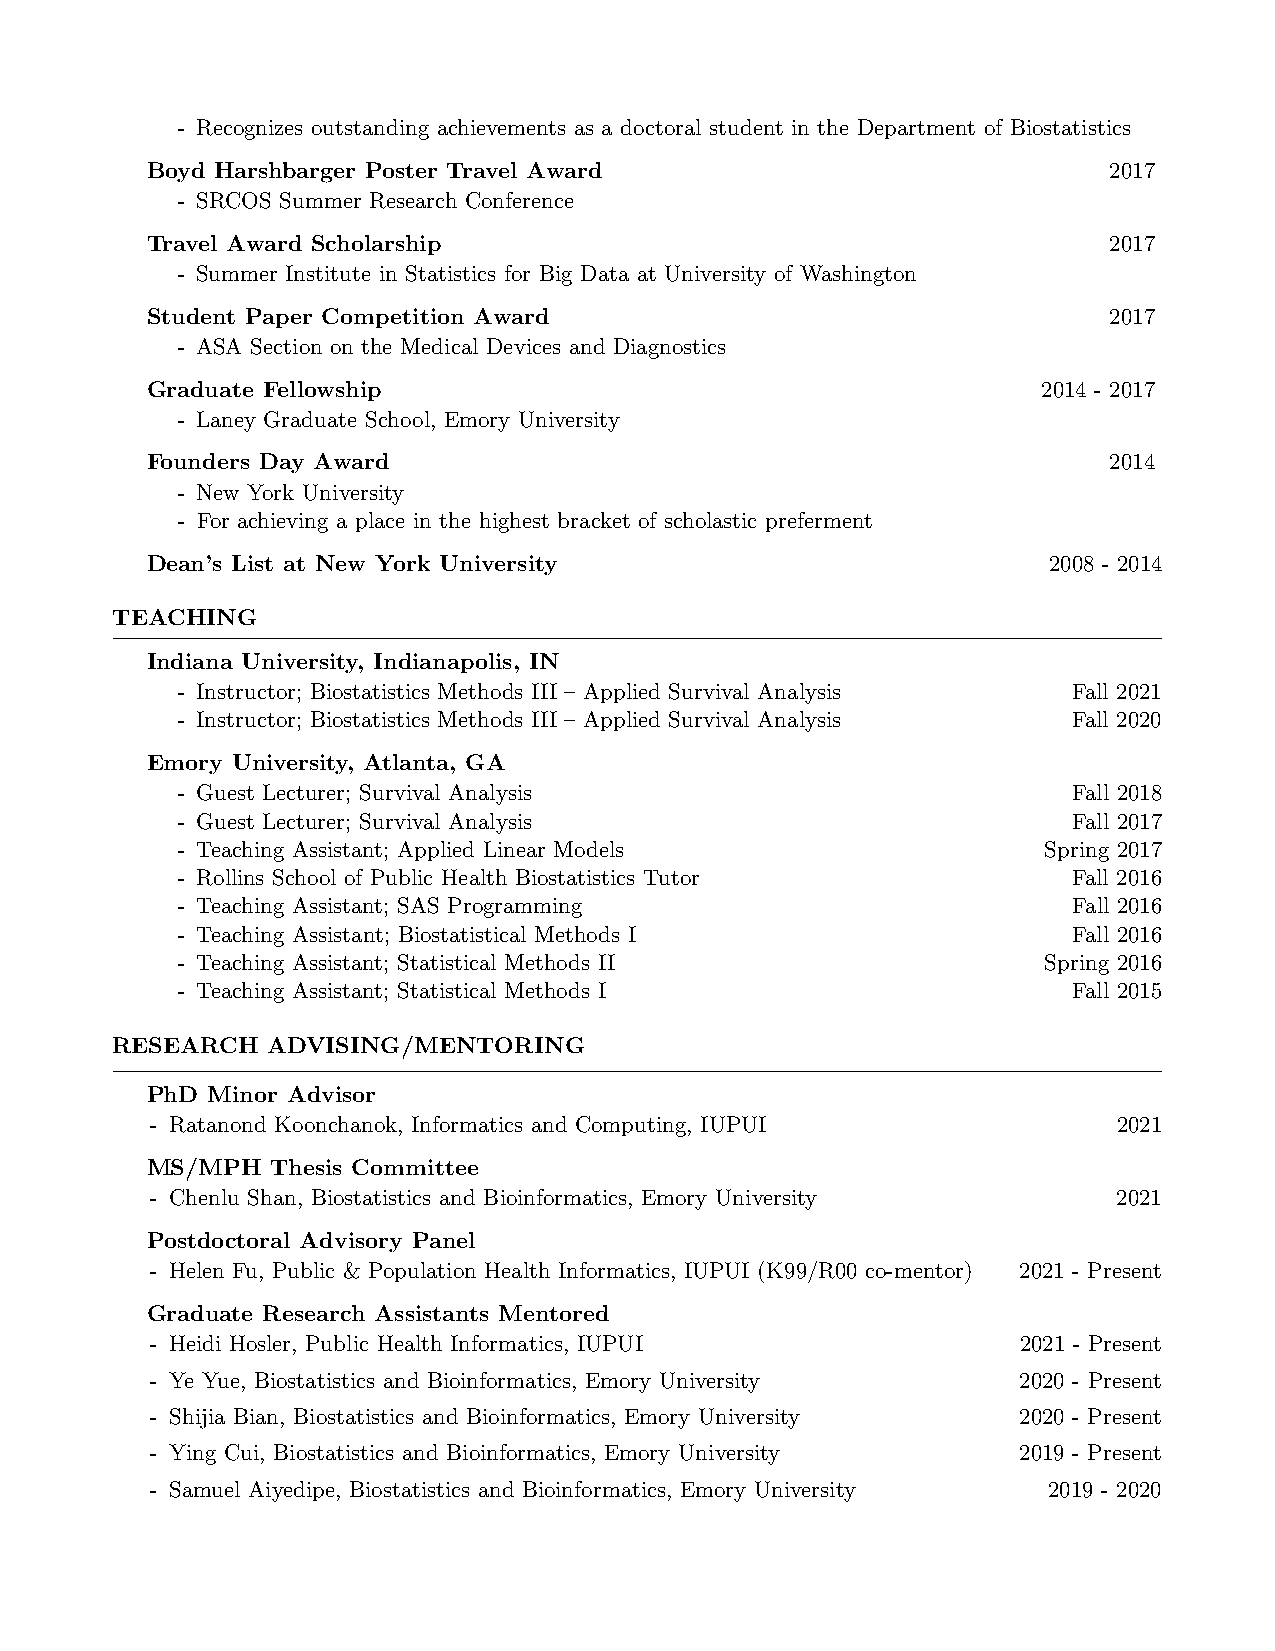
- Recognizes outstanding achievements as a doctoral student in the Department of Biostatistics
 Boyd Harshbarger Poster Travel Award                           2017
 - SRCOS Summer Research Conference
 Travel Award Scholarship                                       2017
 - Summer Institute in Statistics for Big Data at University of Washington
 Student Paper Competition Award                                2017
 - ASA Section on the Medical Devices and Diagnostics
 Graduate Fellowship                                        2014 - 2017
 - Laney Graduate School, Emory University
 Founders Day Award                                             2014
 - New York University
 - For achieving a place in the highest bracket of scholastic preferment
 Dean’s List at New York University                         2008 - 2014
 TEACHING
 Indiana University, Indianapolis, IN
 - Instructor; Biostatistics Methods III – Applied Survival Analysis Fall 2021
 - Instructor; Biostatistics Methods III – Applied Survival Analysis Fall 2020
 Emory University, Atlanta, GA
 - Guest Lecturer; Survival Analysis                        Fall 2018
 - Guest Lecturer; Survival Analysis                        Fall 2017
 - Teaching Assistant; Applied Linear Models              Spring 2017
 - Rollins School of Public Health Biostatistics Tutor      Fall 2016
 - Teaching Assistant; SAS Programming                      Fall 2016
 - Teaching Assistant; Biostatistical Methods I             Fall 2016
 - Teaching Assistant; Statistical Methods II             Spring 2016
 - Teaching Assistant; Statistical Methods I                Fall 2015
 RESEARCH   ADVISING/MENTORING
 PhD Minor Advisor
 - Ratanond Koonchanok, Informatics and Computing, IUPUI         2021
 MS/MPH  Thesis Committee
 - Chenlu Shan, Biostatistics and Bioinformatics, Emory University 2021
 Postdoctoral Advisory Panel
 - Helen Fu, Public & Population Health Informatics, IUPUI (K99/R00 co-mentor) 2021 - Present
 Graduate Research Assistants Mentored
 - Heidi Hosler, Public Health Informatics, IUPUI          2021 - Present
 - Ye Yue, Biostatistics and Bioinformatics, Emory University 2020 - Present
 - Shijia Bian, Biostatistics and Bioinformatics, Emory University 2020 - Present
 - Ying Cui, Biostatistics and Bioinformatics, Emory University 2019 - Present
 - Samuel Aiyedipe, Biostatistics and Bioinformatics, Emory University 2019 - 2020